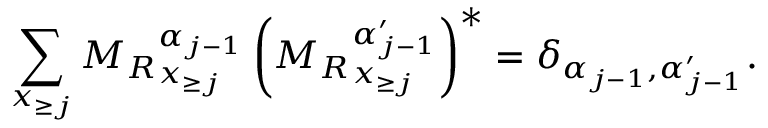
\sum _ { \boldsymbol { x } _ { \ge j } } { M _ { R } } _ { \boldsymbol x _ { \ge j } } ^ { \alpha _ { j - 1 } } \left( { M _ { R } } _ { \boldsymbol x _ { \ge j } } ^ { \alpha _ { j - 1 } ^ { \prime } } \right) ^ { * } = \delta _ { \alpha _ { j - 1 } , \alpha _ { j - 1 } ^ { \prime } } .